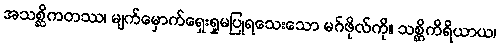
အသစ္ဆိကတဿ၊ မျက်မှောက်ရှေးရှုမပြုရသေးသော မဂ်ဖိုလ်ကို။ သစ္ဆိကိရိယာယ၊